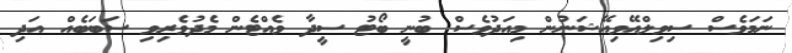
ނަމަވެސް ސިވިލްއޭވިއޭޝަނުން މިއަދުވެސް ބުނީ ބޯޓު ސީދާ ވެއްޓެން މެދުވެރިވި ސަބަބެއް އަދި